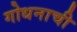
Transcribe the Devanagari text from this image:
गोधनाची